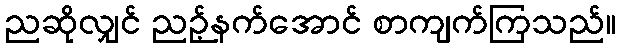
ညဆိုလျှင် ညဉ့်နက်အောင် စာကျက်ကြသည်။